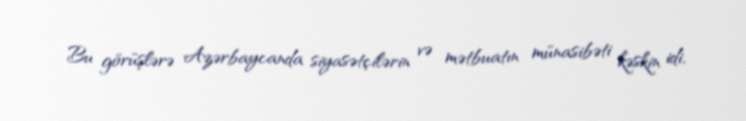
Bu görüşlərə Azərbaycanda siyasətçilərin və mətbuatın münasibəti kəskin idi,